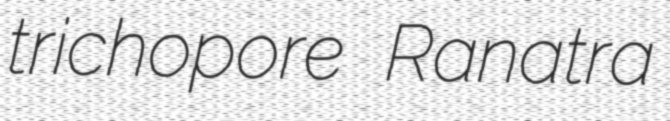
trichopore Ranatra